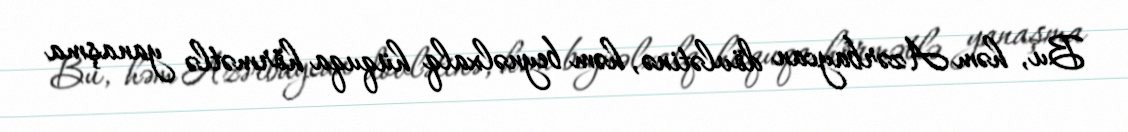
Bu, həm Azərbaycan dövlətinə, həm beynəlxalq hüquqa hörmətlə yanaşma